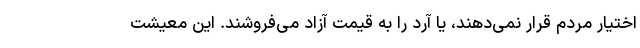
اختیار مردم قرار نمی‌دهند، یا آرد را به قیمت آزاد می‌فروشند. این معیشت